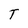
Character: T